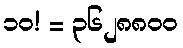
၁၀! = ၃၆၂၈၈၀၀